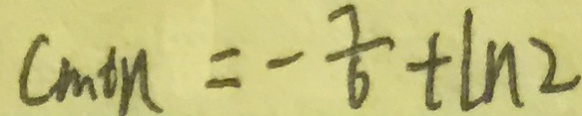
C _ { \min } = - \frac { 7 } { 6 } + \ln 2